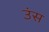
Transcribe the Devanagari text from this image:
उंस